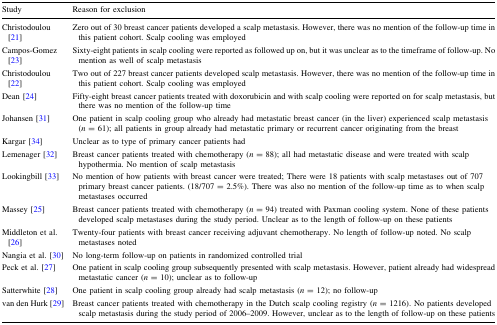
| Study | Reason for exclusion |
 | --- | --- |
 | Christodoulou [21] | Zero out of 30 breast cancer patients developed a scalp metastasis. However, there was no mention of the follow-up time in this patient cohort. Scalp cooling was employed |
 | Campos-Gomez [23] | Sixty-eight patients in scalp cooling were reported as followed up on, but it was unclear as to the timeframe of follow-up. No mention as well of scalp metastasis |
 | Christodoulou [22] | Two out of 227 breast cancer patients developed scalp metastasis. However, there was no mention of the follow-up time in this patient cohort. Scalp cooling was employed |
 | Dean [24] | Fifty-eight breast cancer patients treated with doxorubicin and with scalp cooling were reported on for scalp metastasis, but there was no mention of the follow-up time |
 | Johansen [31] | One patient in scalp cooling group who already had metastatic breast cancer (in the liver) experienced scalp metastasis (n = 61); all patients in group already had metastatic primary or recurrent cancer originating from the breast |
 | Kargar [34] | Unclear as to type of primary cancer patients had |
 | Lemenager [32] | Breast cancer patients treated with chemotherapy (n = 88); all had metastatic disease and were treated with scalp hypothermia. No mention of scalp metastasis |
 | Lookingbill [33] | No mention of how patients with breast cancer were treated; There were 18 patients with scalp metastases out of 707 primary breast cancer patients. (18/707 = 2.5%). There was also no mention of the follow-up time as to when scalp metastases occurred |
 | Massey [25] | Breast cancer patients treated with chemotherapy (n = 94) treated with Paxman cooling system. None of these patients developed scalp metastases during the study period. Unclear as to the length of follow-up on these patients |
 | Middleton et al. [26] | Twenty-four patients with breast cancer receiving adjuvant chemotherapy. No length of follow-up noted. No scalp metastases noted |
 | Nangia et al. [30] | No long-term follow-up on patients in randomized controlled trial |
 | Peck et al. [27] | One patient in scalp cooling group subsequently presented with scalp metastasis. However, patient already had widespread metastatic cancer (n = 10); unclear as to follow-up |
 | Satterwhite [28] | One patient in scalp cooling group already had scalp metastasis (n = 12); no follow-up |
 | van den Hurk [29] | Breast cancer patients treated with chemotherapy in the Dutch scalp cooling registry (n = 1216). No patients developed scalp metastasis during the study period of 2006–2009. However, unclear as to the length of follow-up on these patients |